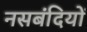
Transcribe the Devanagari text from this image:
नसबंदियों